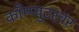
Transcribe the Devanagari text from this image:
काँम्प्युटरवर